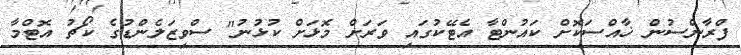
ފްރާންސުން ޚާއްސަކޮށް ކައުންޓާ އެޓޭކުގައި ވަރަށް މޮޅަށް ކުޅުނު" ސްވިޒަލެންޑުގެ ކޯޗު އޮޓްމާ